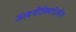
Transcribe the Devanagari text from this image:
आक्सीक्विनोलीन